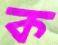
ক